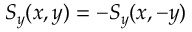
S _ { y } ( x , y ) = - S _ { y } ( x , - y )